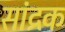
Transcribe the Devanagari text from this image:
सांद्रक